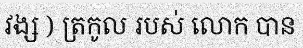
វង្ស ) ត្រកូល របស់ លោក បាន